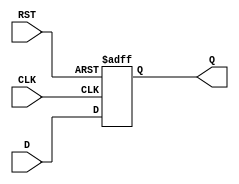
module FlipFlopRegister #(
    parameter N = 8  // Width of the register (number of flip-flops)
)(
    input wire [N-1:0] D,    // Data input
    input wire CLK,           // Clock input
    input wire RST,           // Asynchronous reset
    output reg [N-1:0] Q      // Data output
);

    // Always block triggered on the clock edge and reset signal
    always @(posedge CLK or posedge RST) begin
        if (RST) begin
            Q <= {N{1'b0}};  // Reset output to 0
        end else begin
            Q <= D;          // Capture input data on clock edge
        end
    end

endmodule